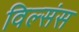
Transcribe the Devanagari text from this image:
विल्संस